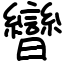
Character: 曫